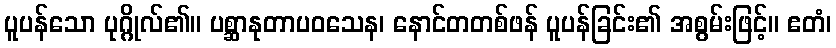
ပူပန်သော ပုဂ္ဂိုလ်၏။ ပစ္ဆာနုတာပဝသေန၊ နောင်တတစ်ဖန် ပူပန်ခြင်း၏ အစွမ်းဖြင့်။ ဧတံ၊